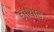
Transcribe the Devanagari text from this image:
इत्याद